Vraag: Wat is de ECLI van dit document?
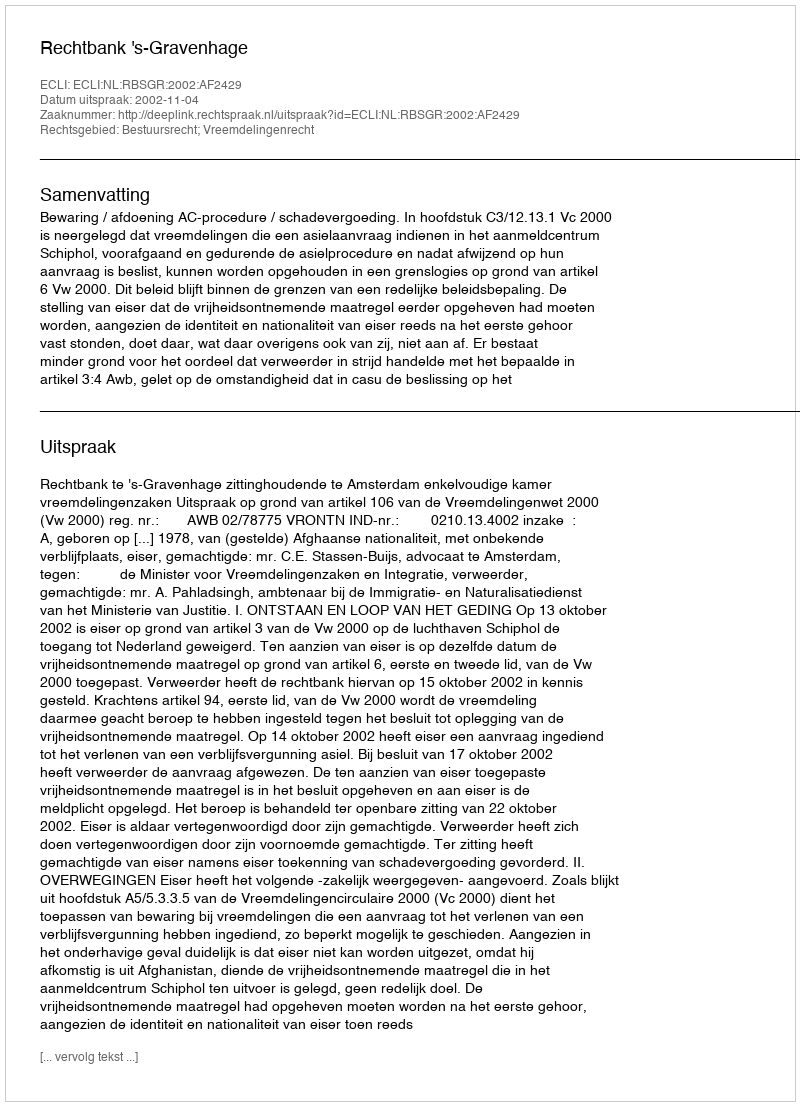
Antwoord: ECLI:NL:RBSGR:2002:AF2429